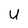
Character: U